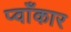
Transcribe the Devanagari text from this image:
प्वाँकार